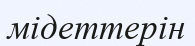
мідеттерін